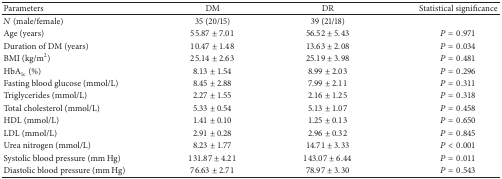
<table><thead><tr><td><b>Parameters</b></td><td><b>DM</b></td><td><b>DR</b></td><td><b>Statistical significance</b></td></tr></thead><tbody><tr><td><i>N</i> (male/female)</td><td>35 (20/15)</td><td>39 (21/18)</td><td> </td></tr><tr><td>Age (years)</td><td>55.87 ± 7.01</td><td>56.52 ± 5.43</td><td><i>P</i> = 0.971</td></tr><tr><td>Duration of DM (years)</td><td>10.47 ± 1.48</td><td>13.63 ± 2.08</td><td><i>P</i> = 0.034</td></tr><tr><td>BMI (kg/m<sup>2</sup>)</td><td>25.14 ± 2.63</td><td>25.19 ± 3.98</td><td><i>P</i> = 0.481</td></tr><tr><td>HbA<sub>1c</sub> (%)</td><td>8.13 ± 1.54</td><td>8.99 ± 2.03</td><td><i>P</i> = 0.296</td></tr><tr><td>Fasting blood glucose (mmol/L)</td><td>8.45 ± 2.88</td><td>7.99 ± 2.11</td><td><i>P</i> = 0.311</td></tr><tr><td>Triglycerides (mmol/L)</td><td>2.27 ± 1.55</td><td>2.16 ± 1.25</td><td><i>P</i> = 0.318</td></tr><tr><td>Total cholesterol (mmol/L)</td><td>5.33 ± 0.54</td><td>5.13 ± 1.07</td><td><i>P</i> = 0.458</td></tr><tr><td>HDL (mmol/L)</td><td>1.41 ± 0.10</td><td>1.25 ± 0.13</td><td><i>P</i> = 0.650</td></tr><tr><td>LDL (mmol/L)</td><td>2.91 ± 0.28</td><td>2.96 ± 0.32</td><td><i>P</i> = 0.845</td></tr><tr><td>Urea nitrogen (mmol/L)</td><td>8.23 ± 1.77</td><td>14.71 ± 3.33</td><td><i>P</i> &lt; 0.001</td></tr><tr><td>Systolic blood pressure (mm Hg)</td><td>131.87 ± 4.21</td><td>143.07 ± 6.44</td><td><i>P</i> = 0.011</td></tr><tr><td>Diastolic blood pressure (mm Hg)</td><td>76.63 ± 2.71</td><td>78.97 ± 3.30</td><td><i>P</i> = 0.543</td></tr></tbody></table>